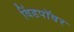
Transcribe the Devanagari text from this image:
विंडपॉवर